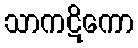
သာကဋိကော